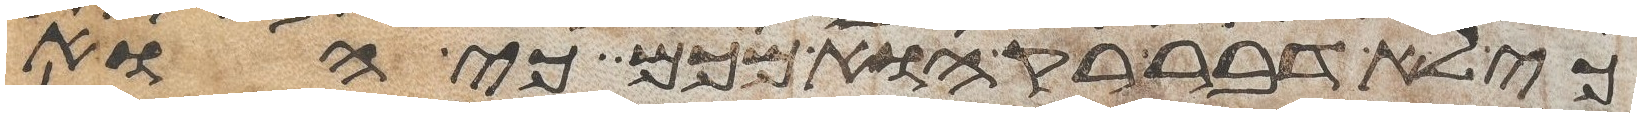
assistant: כי לא דבר רק הוא מכם כי הוא